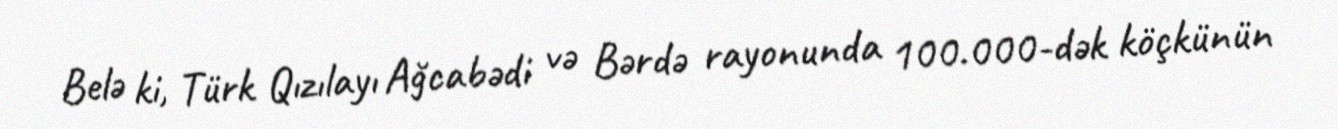
Belə ki, Türk Qızılayı Ağcabədi və Bərdə rayonunda 100.000-dək köçkünün